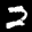
Label: 2